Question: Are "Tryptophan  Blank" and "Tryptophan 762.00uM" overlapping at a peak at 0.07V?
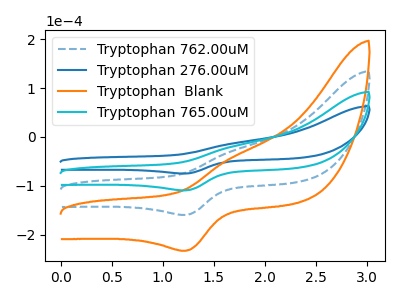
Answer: <think>The blue dashed curve "Tryptophan 762.00uM" has an anodic peak at (1.70V, -39.55uA) and a cathodic peak at (1.25V, -218.65uA). The blue curve "Tryptophan 276.00uM" has an anodic peak at (1.70V, -13.55uA) and a cathodic peak at (1.25V, -74.90uA). The orange curve "Tryptophan  Blank" has an anodic peak at (1.70V, -59.30uA) and a cathodic peak at (1.25V, -328.00uA). The cyan curve "Tryptophan 765.00uM" has an anodic peak at (1.70V, -19.75uA) and a cathodic peak at (1.25V, -109.35uA).</think>
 <answer>No, "Tryptophan  Blank" and "Tryptophan 762.00uM" dont share a peak at 0.07V.</answer>
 <eval>mismatch</eval>